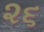
૨૬